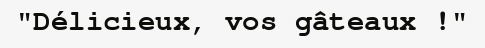
"Délicieux, vos gâteaux !"